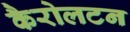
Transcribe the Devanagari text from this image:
कैरोलटन